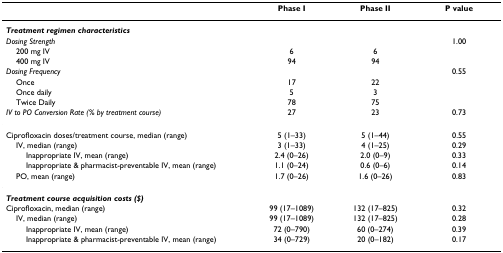
<table><thead><tr><td></td><td><b>Phase I</b></td><td><b>Phase II</b></td><td><b>P value</b></td></tr></thead><tbody><tr><td><b><i>Treatment regimen characteristics</i></b></td><td></td><td></td><td></td></tr><tr><td><i>Dosing Strength</i></td><td></td><td></td><td>1.00</td></tr><tr><td> 200 mg IV</td><td>6</td><td>6</td><td></td></tr><tr><td> 400 mg IV</td><td>94</td><td>94</td><td></td></tr><tr><td><i>Dosing Frequency</i></td><td></td><td></td><td>0.55</td></tr><tr><td> Once</td><td>17</td><td>22</td><td></td></tr><tr><td> Once daily</td><td>5</td><td>3</td><td></td></tr><tr><td> Twice Daily</td><td>78</td><td>75</td><td></td></tr><tr><td><i>IV to PO Conversion Rate (% by treatment course)</i></td><td>27</td><td>23</td><td>0.73</td></tr><tr><td>Ciprofloxacin doses/treatment course, median (range)</td><td>5 (1–33)</td><td>5 (1–44)</td><td>0.55</td></tr><tr><td> IV, median (range)</td><td>3 (1–33)</td><td>4 (1–25)</td><td>0.29</td></tr><tr><td>Inappropriate IV, mean (range)</td><td>2.4 (0–26)</td><td>2.0 (0–9)</td><td>0.33</td></tr><tr><td>Inappropriate &amp; pharmacist-preventable IV, mean (range)</td><td>1.1 (0–24)</td><td>0.6 (0–6)</td><td>0.14</td></tr><tr><td> PO, mean (range)</td><td>1.7 (0–26)</td><td>1.6 (0–26)</td><td>0.83</td></tr><tr><td><b><i>Treatment course acquisition costs ($)</i></b></td><td></td><td></td><td></td></tr><tr><td>Ciprofloxacin, median (range)</td><td>99 (17–1089)</td><td>132 (17–825)</td><td>0.32</td></tr><tr><td> IV, median (range)</td><td>99 (17–1089)</td><td>132 (17–825)</td><td>0.28</td></tr><tr><td>Inappropriate IV, mean (range)</td><td>72 (0–790)</td><td>60 (0–274)</td><td>0.39</td></tr><tr><td>Inappropriate &amp; pharmacist-preventable IV, mean (range)</td><td>34 (0–729)</td><td>20 (0–182)</td><td>0.17</td></tr></tbody></table>